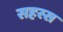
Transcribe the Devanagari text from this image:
सहस्स